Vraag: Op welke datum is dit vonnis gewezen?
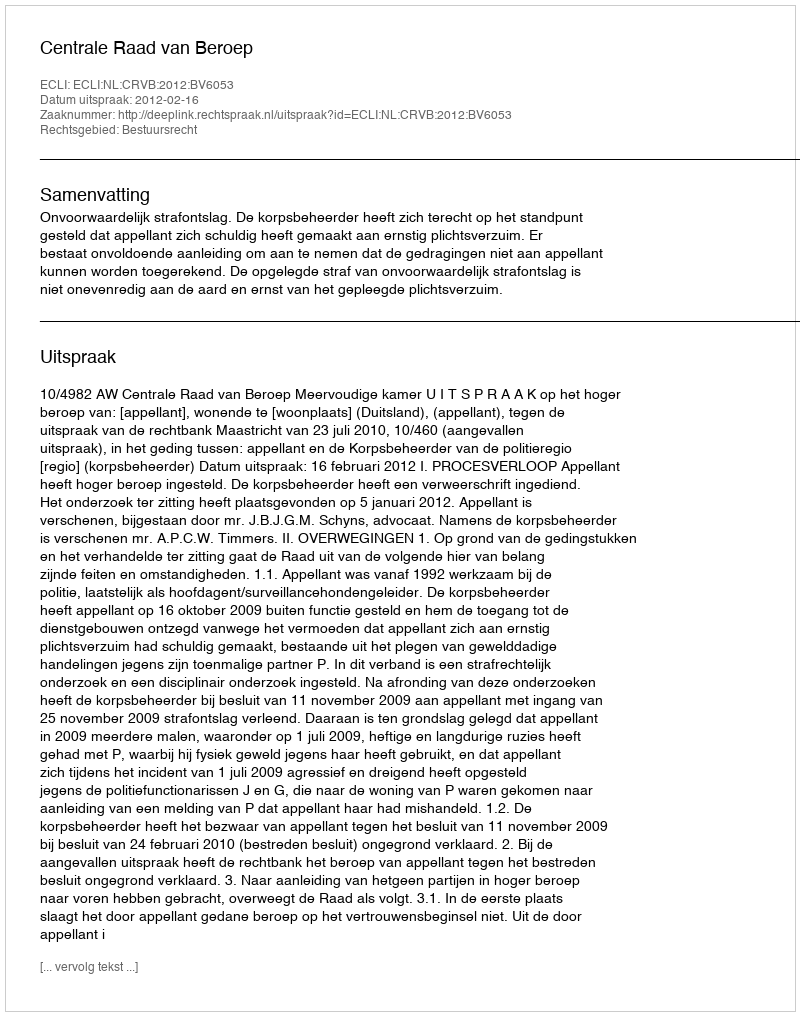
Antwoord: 2012-02-16